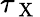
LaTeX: \tau_{\mathrm{~X~}}